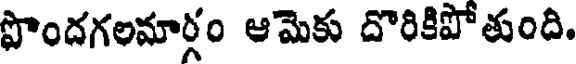
పొందగలమార్గం ఆమెకు దొరికిపోతుంది.